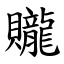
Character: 贚